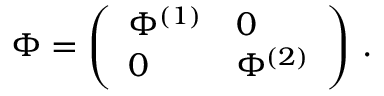
\Phi = \left( \begin{array} { l l } { { \Phi ^ { ( 1 ) } } } & { { 0 } } \\ { { 0 } } & { { \Phi ^ { ( 2 ) } } } \end{array} \right) \, .